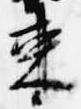
束